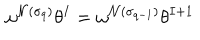
LaTeX: \omega ^ { { \cal { N } } ( \sigma _ { q } ) } \theta ^ { I } = \omega ^ { { \cal { N } } ( \sigma _ { q - 1 } ) } \theta ^ { I + 1 }